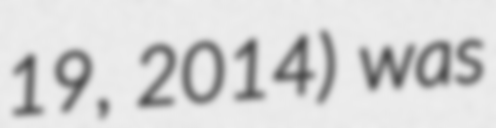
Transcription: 19, 2014) was